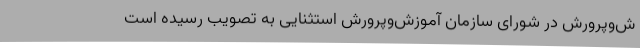
ش‌وپرورش در شورای سازمان آموزش‌وپرورش استثنایی به تصویب رسیده است